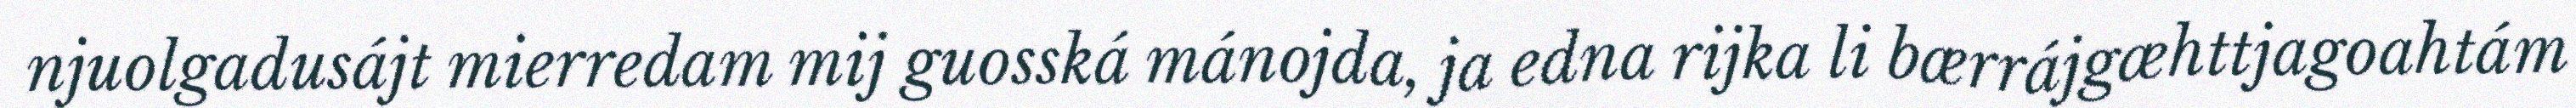
njuolgadusájt mierredam mij guosská mánojda, ja edna rijka li bærrájgæhttjagoahtám